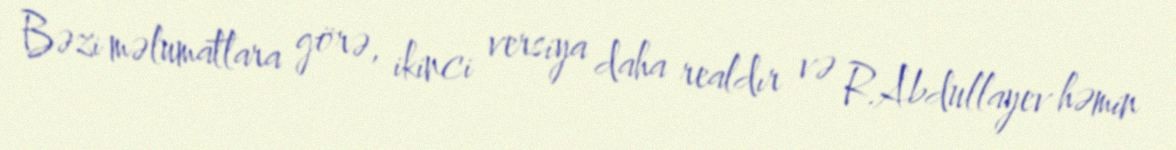
Bəzi məlumatlara görə, ikinci versiya daha realdır və R.Abdullayev həmin